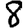
Digit: 8